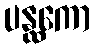
ပန္ထကော